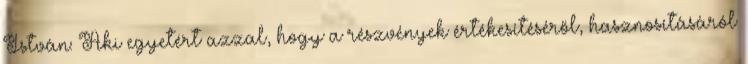
István: Aki egyetért azzal, hogy a részvények értékesítéséről, hasznosításáról